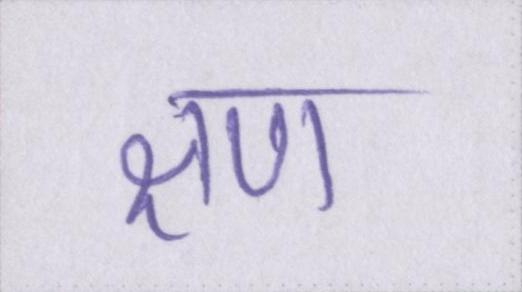
क्षण